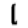
Digit: 1